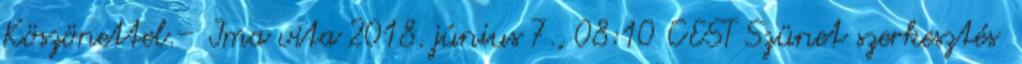
Köszönettel.– Ima vita 2018. június 7., 08:10 CEST Szünet szerkesztés